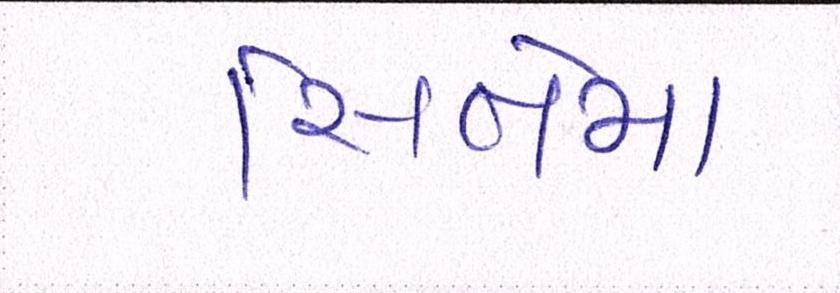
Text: સિનેમા